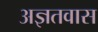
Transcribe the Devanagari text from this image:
अज्ञतवास